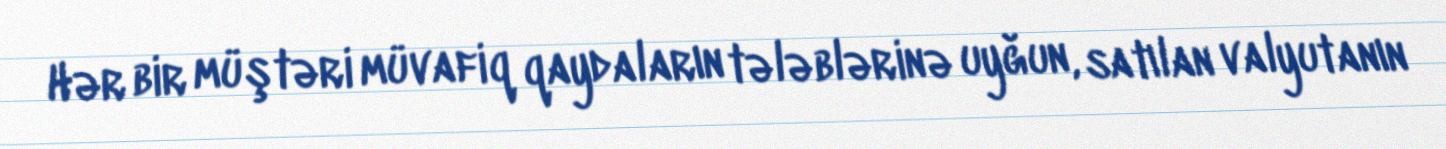
Hər bir müştəri müvafiq qaydaların tələblərinə uyğun, satılan valyutanın